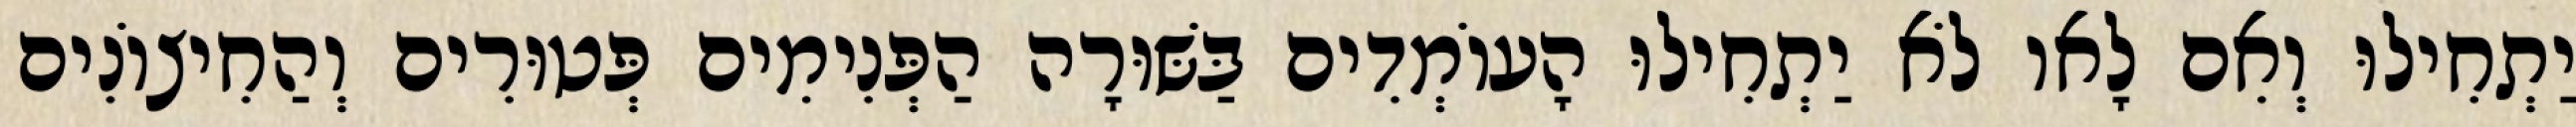
יַתְחִילוּ וְאִם לָאו לֹא יַתְחִילוּ הָעוֹמְדִים בַּשּׁוּרָה הַפְּנִימִים פְּטוּרִים וְהַחִיצוֹנִים